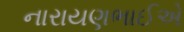
નારાયણભાઈએ